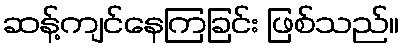
ဆန့်ကျင်နေကြခြင်း ဖြစ်သည်။